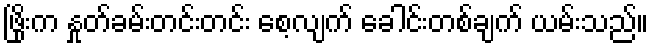
ဖြိုးက နှုတ်ခမ်းတင်းတင်း စေ့လျက် ခေါင်းတစ်ချက် ယမ်းသည်။